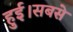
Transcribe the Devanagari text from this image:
हुई।सबसे